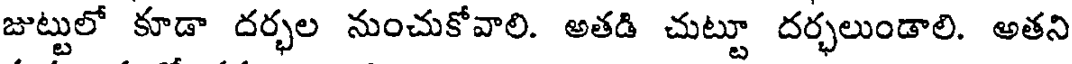
జుట్టులో కూడా దర్భల నుంచుకోవాలి. అతడి చుట్టూ దర్భలుండాలి. అతని